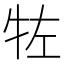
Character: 𰠯